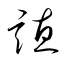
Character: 譓